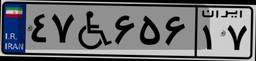
۴۷W۶۵۶۱۷